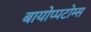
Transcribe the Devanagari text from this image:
बायोप्पटोम्स